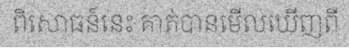
ពិសោធន៍នេះ គាត់បានមើលឃើញពី